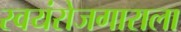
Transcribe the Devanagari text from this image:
स्वयंरोजगाराला